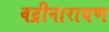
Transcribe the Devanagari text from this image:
वद्रीनारायण